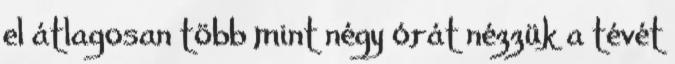
el átlagosan több mint négy órát nézzük a tévét